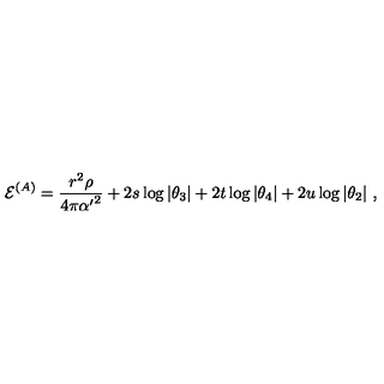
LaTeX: { { \cal E } } ^ { ( A ) } = { \frac { r ^ { 2 } \rho } { 4 \pi { \alpha ^ { \prime } } ^ { 2 } } } + 2 s \log \vert \theta _ { 3 } \vert + 2 t \log \vert \theta _ { 4 } \vert + 2 u \log \vert \theta _ { 2 } \vert \ ,